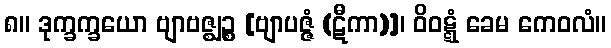
၈။ ဒုက္ခက္ခယော ဗျာဗဇ္ဈဉ္စ [ဗျာပဇ္ဇံ (ဋီကာ)]၊ ဝိဝဋ္ဋံ ခေမ ကေဝလံ။